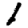
Digit: 1